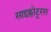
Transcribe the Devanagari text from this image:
साइक्लोटुरस